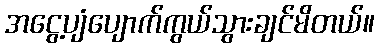
အငွေ့ပျံပျောက်ကွယ်သွားချင်မိတယ်။